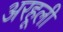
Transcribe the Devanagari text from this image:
अरहूली